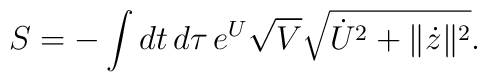
S = - \int dt\, d\tau \, e^U \sqrt{V} \sqrt{\dot{U}^2+\| \dot{z} \|^2}.